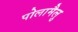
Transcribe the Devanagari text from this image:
पोलामैलु